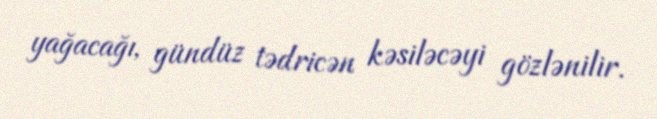
yağacağı, gündüz tədricən kəsiləcəyi gözlənilir.